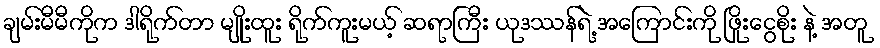
ချမ်းမီမီကိုက ဒါရိုက်တာ မျိုးထူး ရိုက်ကူးမယ့် ဆရာကြီး ယုဒဿန်ရဲ့ အကြောင်းကို ဖြိုးငွေစိုး နဲ့ အတူ